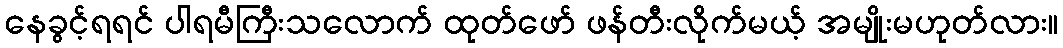
နေခွင့်ရရင် ပါရမီကြီးသလောက် ထုတ်ဖော် ဖန်တီးလိုက်မယ့် အမျိုးမဟုတ်လား။